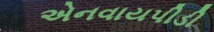
એનવાયપીડી